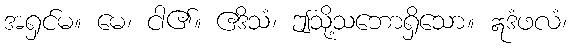
အရှင်မ။ မေ၊ ငါ၏။ ဧဒိသံ၊ ဤသို့သဘောရှိသော။ ဣဒံဖလံ၊